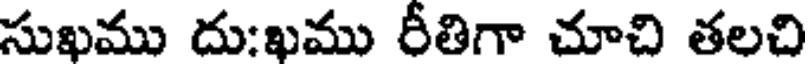
సుఖము దుఃఖము రీతిగా చూచి తలచి